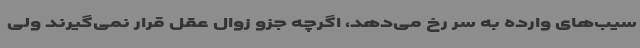
سیب‌های وارده به سر رخ می‌دهد، اگرچه جزو زوال عقل قرار نمی‌گیرند ولی